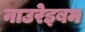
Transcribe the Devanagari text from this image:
नाउरेइबम